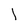
Character: l